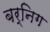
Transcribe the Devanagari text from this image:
बर्निग